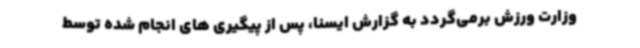
وزارت ورزش برمی‌گردد به گزارش ایسنا، پس از پیگیری های انجام شده توسط